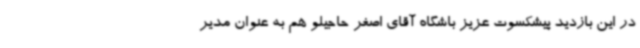
در این بازدید پیشکسوت عزیز باشگاه آقای اصغر حاجیلو هم به عنوان مدیر